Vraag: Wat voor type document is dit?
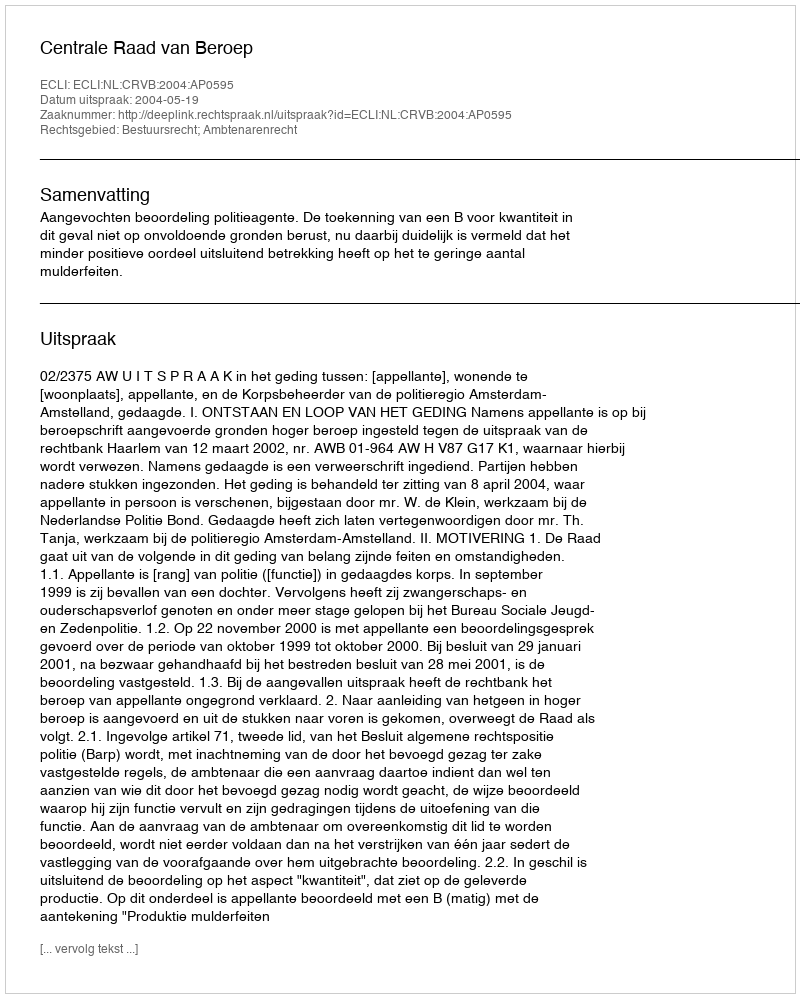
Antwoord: Uitspraak